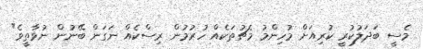
މެސީ ބަދަލުކުރީ ކުރިއަށް މުހިންމު މެޗުތަކެއް ހުރުމުން ރިސްކެއް ނަގަން ބޭނުން ނުވާތީވެ"